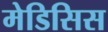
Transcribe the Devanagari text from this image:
मेडिसिस